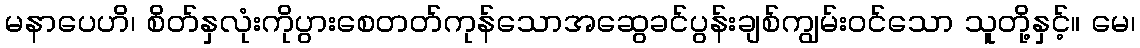
မနာပေဟိ၊ စိတ်နှလုံးကိုပွားစေတတ်ကုန်သောအဆွေခင်ပွန်းချစ်ကျွမ်းဝင်သော သူတို့နှင့်။ မေ၊